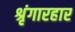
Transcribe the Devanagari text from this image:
श्रृंगारहार